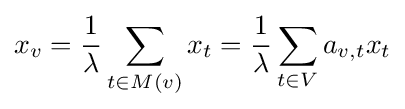
x_{v}={\frac {1}{\lambda }}\sum _{t\in M(v)}x_{t}={\frac {1}{\lambda }}\sum _{t\in V}a_{v,t}x_{t}